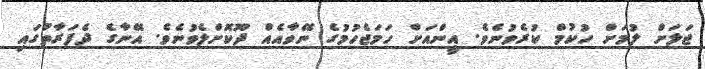
ޖަލަށް ލުމަށް ހުކުމް ކުރެވުނެވެ. އީންއަށް ހަމަޖެހުމުގެ ނޭވާއެއް ދޫކޮށްލެވުނެވެ. އޭނާގެ ދެފަރާތުގައި